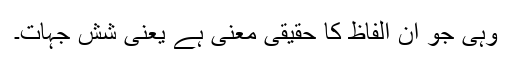
وہی جو ان الفاظ کا حقیقی معنی ہے یعنی شش جہات۔